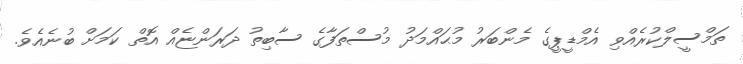
ތަމްސީލްކުރެއްވި އެމްޑީޕީގެ މެންބަރު މުޙައްމަދު މުސްތަފާގެ ސާބިތު ދަރަންޏެއް އޮތް ކަމަށް ބުނެއެވެ.